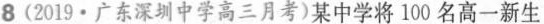
8(2019·广东深圳中学高三月考)某中学将100名高一新生